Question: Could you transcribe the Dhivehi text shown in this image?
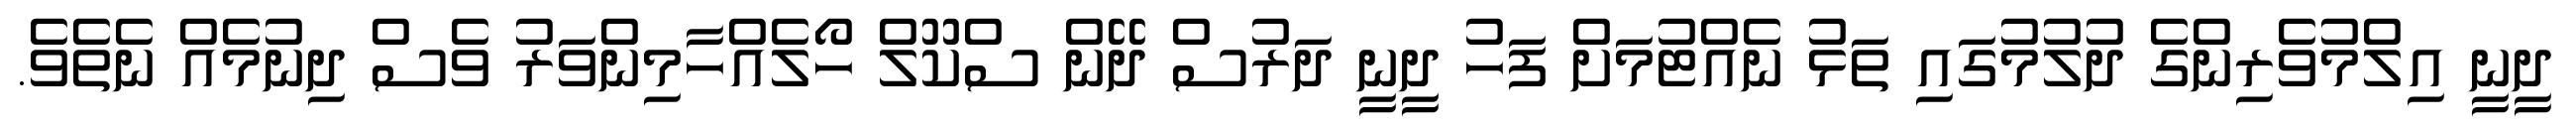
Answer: ދީނީ އިލްމުވެރިންގެ ދުލުމުގައި ތަޅު ނެއްޓުމަށް ފަހު ދީނީ ދަރުސް ދޭން ސްކޫލް ހޯލެއްހާމިންވަރު ވެސް ދިނުމެއް ނެތެވެ.